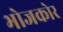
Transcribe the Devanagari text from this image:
भोजकोर